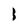
Character: 1